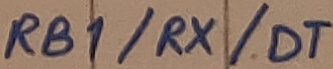
Text: RB1/RX/DT